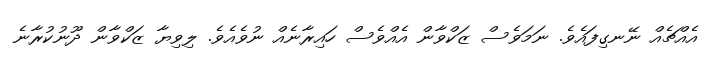
އެއްޗެއް ނޭނގިފައެވެ. ނަމަވެސް ޒަކްވާން އެއްވެސް ހައިރާނެއް ނުވެއެވެ. ލިވިޔާ ޒަކްވާން ދޫނުކުރާނެ